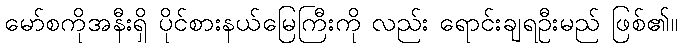
မော်စကိုအနီးရှိ ပိုင်စားနယ်မြေကြီးကို လည်း ရောင်းချရဦးမည် ဖြစ်၏။